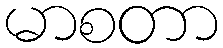
မာစတာ